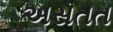
અસતત